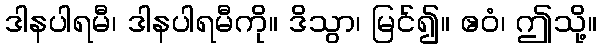
ဒါနပါရမီ၊ ဒါနပါရမီကို။ ဒိသွာ၊ မြင်၍။ ဧဝံ၊ ဤသို့။